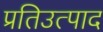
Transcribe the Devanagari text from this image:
प्रतिउत्पाद